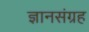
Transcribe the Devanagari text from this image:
ज्ञानसंग्रह